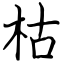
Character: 枯